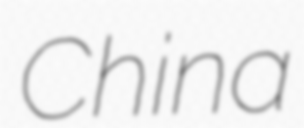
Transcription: China